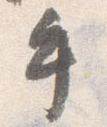
手